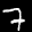
Label: 7